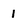
Character: 1